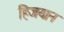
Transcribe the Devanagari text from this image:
हिजयान